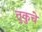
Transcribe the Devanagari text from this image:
तुकुचे